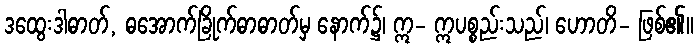
ဒထွေးဒါဓာတ်, ဓအောက်ခြိုက်ဓာဓာတ်မှ နောက်၌၊ ဣ- ဣပစ္စည်းသည်၊ ဟောတိ- ဖြစ်၏။